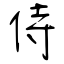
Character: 侍